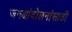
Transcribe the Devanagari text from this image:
जनआंदोलनांसाठी